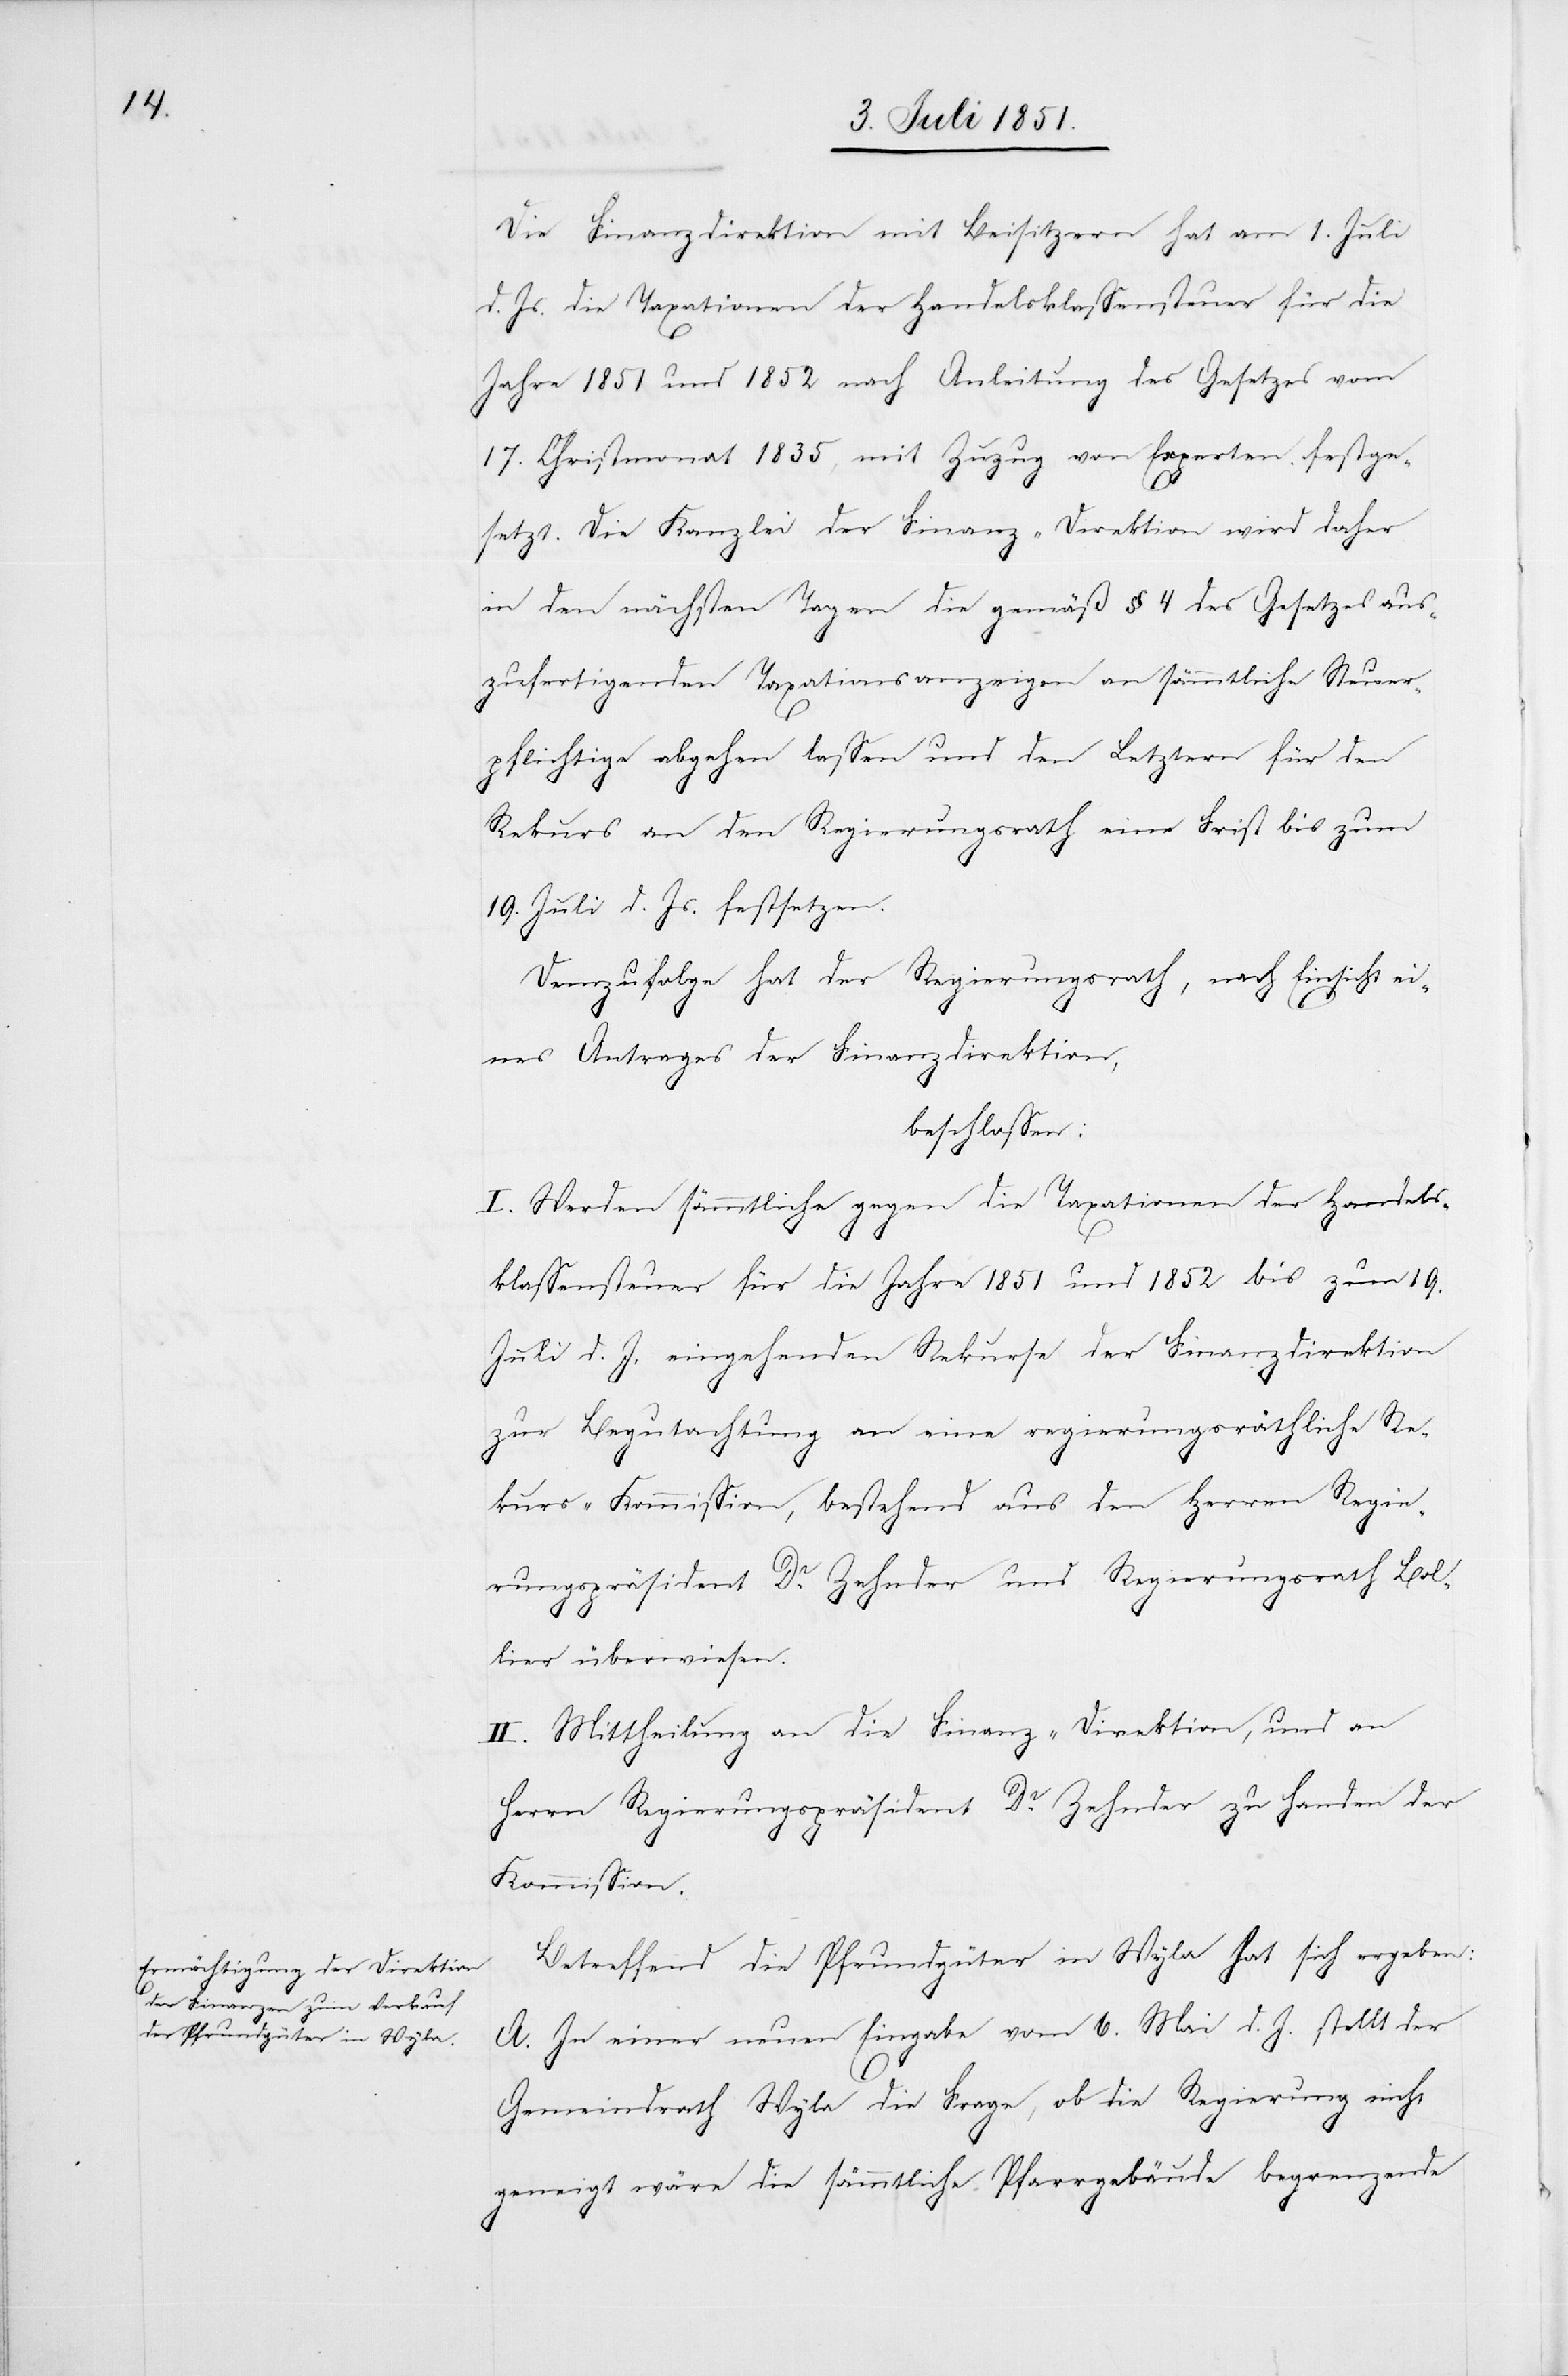
Die Finanzdirektion mit Beisitzern hat am 1. Juli
d. Js. die Taxationen der Handelsklassensteuer für die
Jahre 1851 und 1852 nach Anleitung des Gesetzes vom
17. Christmonat 1835, mit Zuzug von Experten festge¬
setzt. Die Kanzlei der Finanz-Direktion wird daher
in den nächsten Tagen die gemäß § 4 des Gesetzes aus¬
zufertigenden Taxationsanzeigen an sämmtliche Steuer¬
pflichtige abgehen lassen und den Letztern für den
Rekurs an den Regierungsrath eine Frist bis zum
19. Juli d. Js. festsetzen.
Demzufolge hat der Regierungsrath, nach Einsicht ei¬
nes Antrages der Finanzdirektion,
beschlossen:
I. Werden sämmtliche gegen die Taxationen der Handels¬
klassensteuer für die Jahre 1851 und 1852 bis zum 19.
Juli d. J. eingehenden Rekurse der Finanzdirektion
zur Begutachtung an eine regierungsräthliche Re¬
kurs-Kommission, bestehend aus den Herren Regie¬
rungspräsident Dr. Zehnder und Regierungsrath Bol¬
lier überwiesen.
II. Mittheilung an die Finanz-Direktion, und an
Herrn Regierungspräsident Dr. Zehnder zu Handen der
Kommission.
Betreffend die Pfrundgüter in Wyla hat sich ergeben:
A. In einer neuen Eingabe vom 6. Mai d. J. stellt der
Gemeindrath Wyla die Frage, ob die Regierung nicht
geneigt wäre die sämmtliche Pfarrgebäude begrenzende